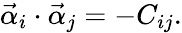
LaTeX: \vec{\alpha}_{i}\cdot\vec{\alpha}_{j}=-C_{ij}.